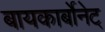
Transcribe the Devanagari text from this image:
बायकार्बोनेट्